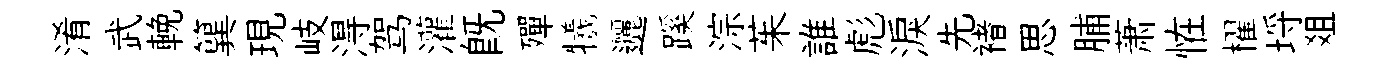
淆武輓簨現岐淂驾灌旣殫犧邐蹊淙茱誰彪淚先褚思脯萧恠櫂埓爼